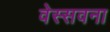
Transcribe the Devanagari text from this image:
वेस्सवना